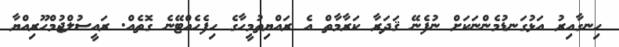
ހިނގާއިރު އަޅުގަނޑުމެންނަކަށް ނުފެނޭ ޤަދަރާ ކަރާމާތް އެ ރައްޔިތުމީހާގެ ހިފެހެއްޓޭނެ ގޮތެއް. ރައީސުލްޖުމްހޫރިއްޔާ